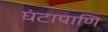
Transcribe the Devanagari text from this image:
घंटापाणि